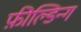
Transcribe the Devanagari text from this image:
फ़ील्डिन्ग